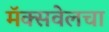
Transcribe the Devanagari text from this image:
मॅक्सवेलचा